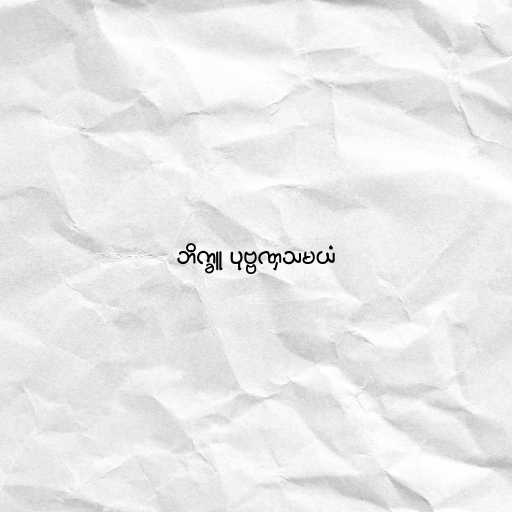
ဘိက္ခူ ပုဗ္ဗဏှသမယံ